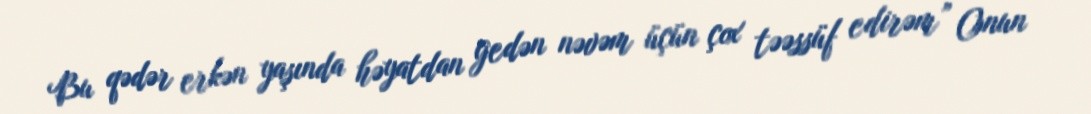
Bu qədər erkən yaşında həyatdan gedən nəvəm üçün çox təəssüf edirəm” Onun